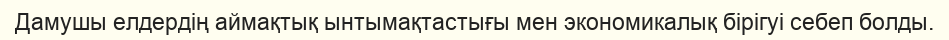
Дамушы елдердің аймақтық ынтымақтастығы мен экономикалық бірігуі себеп болды.